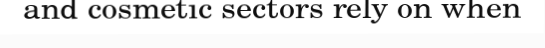
and cosmetic sectors rely on when